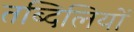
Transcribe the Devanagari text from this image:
तब्दिलियों